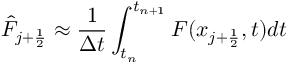
\Hat F _ { j + \frac { 1 } { 2 } } \approx \frac { 1 } { \Delta t } \int _ { t _ { n } } ^ { t _ { n + 1 } } F ( x _ { j + \frac { 1 } { 2 } } , t ) d t